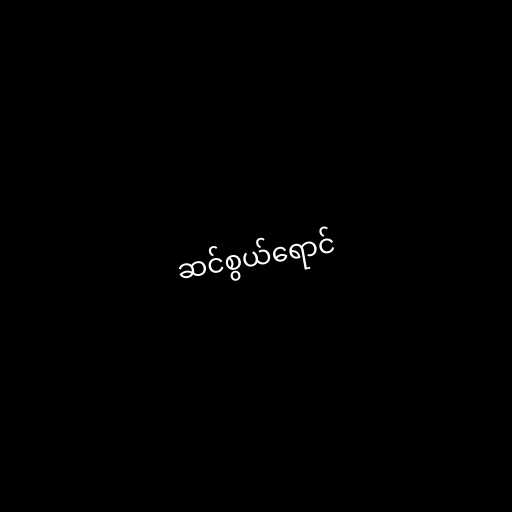
ဆင်စွယ်ရောင်